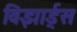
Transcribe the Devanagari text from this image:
विझार्ड्‌स